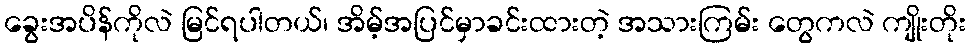
ခွေးအပိန်ကိုလဲ မြင်ရပါတယ်၊ အိမ့်အပြင်မှာခင်းထားတဲ့ အသားကြမ်း တွေကလဲ ကျိုးတိုး